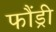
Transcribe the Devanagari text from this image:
फौंड्री